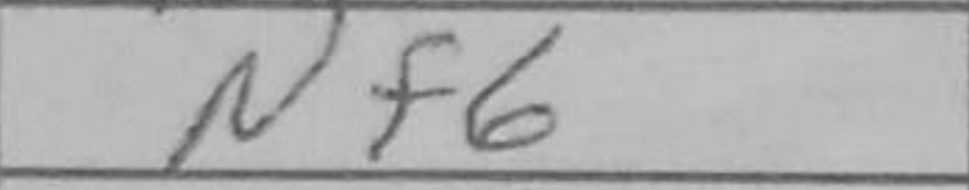
Transcription: Nf6